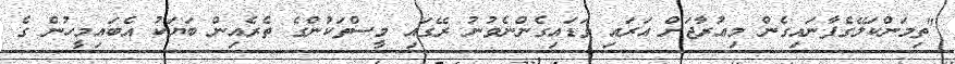
"ތިމަންކަލޭގެފާނައިގެން މިޢުރާޖަށް އަރައި ވަޑައިގެންނެވުނު ރޭގައި މީސްތަކުންގެ ތެރެއިން ބަޔަކު އެބައިމީހުން ގެ